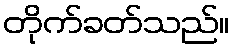
တိုက်ခတ်သည်။